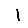
Digit: 1